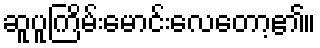
ဆူပူကြိမ်းမောင်းလေတော့၏။